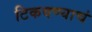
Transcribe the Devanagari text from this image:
टिकवण्याचं